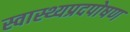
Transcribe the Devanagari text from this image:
स्वास्थ्यप्रदपोषण